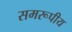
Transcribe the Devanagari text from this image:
समरूपीय